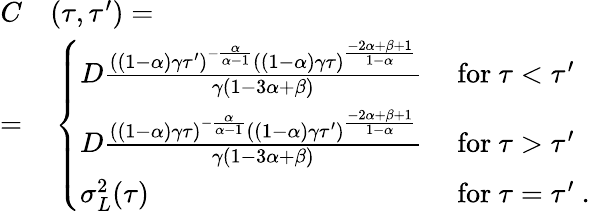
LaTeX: \begin{array}{rl}{C}&{{}(\tau,\tau^{\prime})=}\\ {=}&{{}\left\{ \begin{array}{ll}{D\frac{((1-\alpha)\gamma\tau^{\prime})^{-\frac{\alpha}{\alpha-1}}((1-\alpha)\gamma\tau)^{\frac{-2\alpha+\beta+1}{1-\alpha}}}{\gamma(1-3\alpha+\beta)}}&{\ \mathrm{for}\ \tau<\tau^{\prime}}\\ {D\frac{((1-\alpha)\gamma\tau)^{-\frac{\alpha}{\alpha-1}}((1-\alpha)\gamma\tau^{\prime})^{\frac{-2\alpha+\beta+1}{1-\alpha}}}{\gamma(1-3\alpha+\beta)}}&{\ \mathrm{for}\ \tau>\tau^{\prime}}\\ {\sigma_{L}^{2}(\tau)}&{\ \mathrm{for}\ \tau=\tau^{\prime}\ .}\end{array}\right.}\end{array}